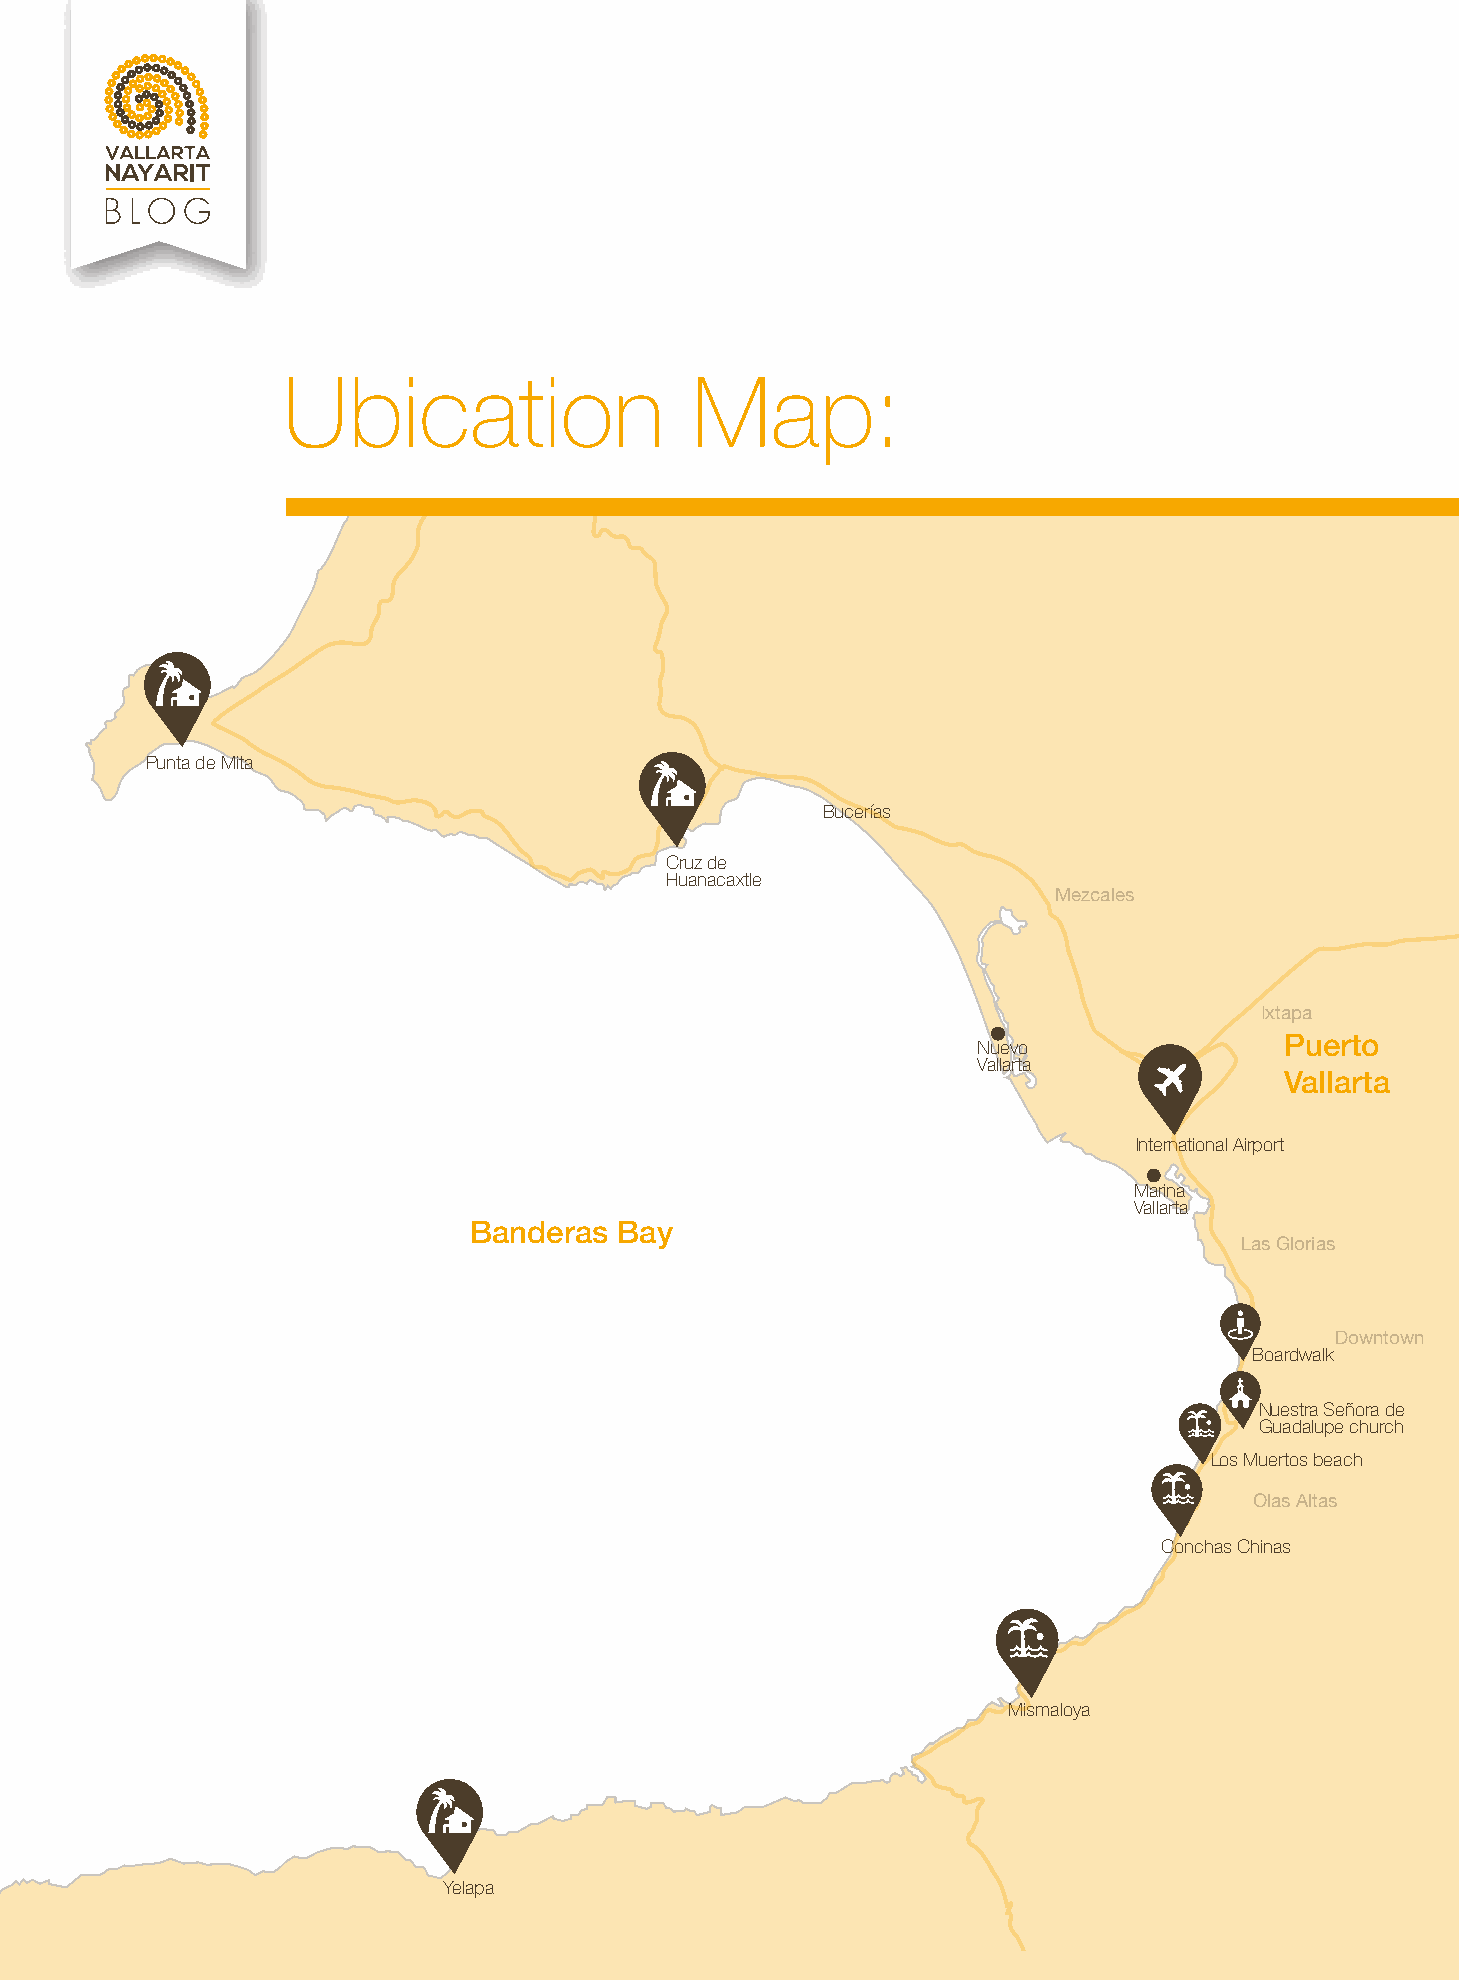
Ubication                  Map:
 Punta de Mita
 Bucerías
 Cruz de
 Huanacaxtle
 Mezcales
 Ixtapa
 Puerto
 Nuevo
 Vallarta
 Vallarta
 International Airport
 Marina
 Vallarta
 Banderas  Bay
 Las Glorias
 Downtown
 Boardwalk
 Nuestra Señora de
 Guadalupe church
 Los Muertos beach
 Olas Altas
 Conchas Chinas
 Mismaloya
 Yelapa